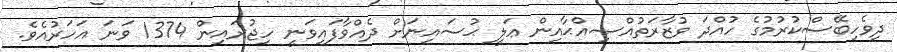
ދިވެހިބޭސްކުރުމުގެ ހުއްދަ ވުޒާރަތުއްޞިއްޙާއިން ޢަލީ ޙުސައިނަށް ދެއްވާފައިވަނީ ހިޖުރައިން 1374 ވަނަ އަހަރުއެވެ.